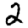
Digit: 2